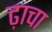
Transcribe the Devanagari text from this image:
ढ़ाचा